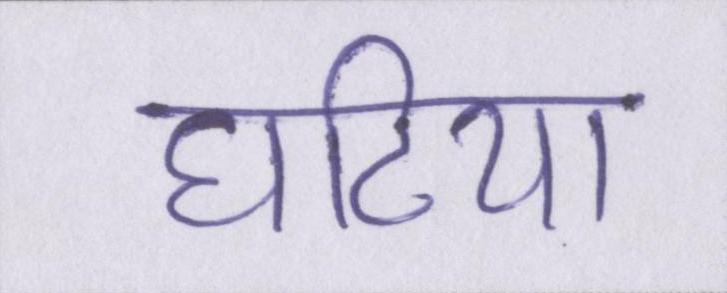
घटिया